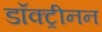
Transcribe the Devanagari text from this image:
डॉक्ट्रीनन